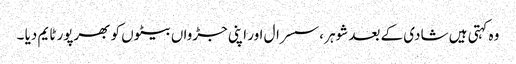
وہ کہتی ہیں شادی کے بعد شوہر ،سسرال اور اپنی جڑواں بیٹوں کو بھرپور ٹایم دیا ۔